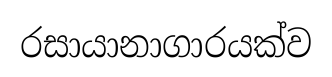
රසායානාගාරයක්ව